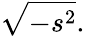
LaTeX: {\sqrt{-s^{2}}}.